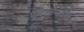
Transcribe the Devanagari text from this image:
परिभ्रमणाखेरीज